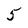
Character: 5